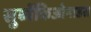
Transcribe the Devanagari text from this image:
सुब्वेंकिओनाडस